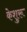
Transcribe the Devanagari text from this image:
केशुरू